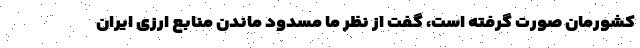
کشورمان صورت گرفته است، گفت از نظر ما مسدود ماندن منابع ارزی ایران